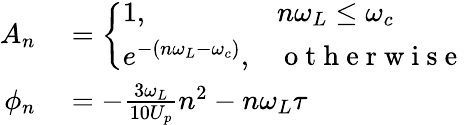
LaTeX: \begin{array}{rl}{A_{n}}&{{}=\left\{ \begin{array}{ll}{1,}&{n\omega_{L}\leq\omega_{c}}\\ {e^{-(n\omega_{L}-\omega_{c})},}&{\mathrm{~o~t~h~e~r~w~i~s~e~}}\end{array}\right.}\\ {\phi_{n}}&{{}=-\frac{3\omega_{L}}{10U_{p}}n^{2}-n\omega_{L}\tau}\end{array}